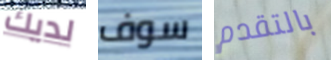
لديك سوف بالتقدم